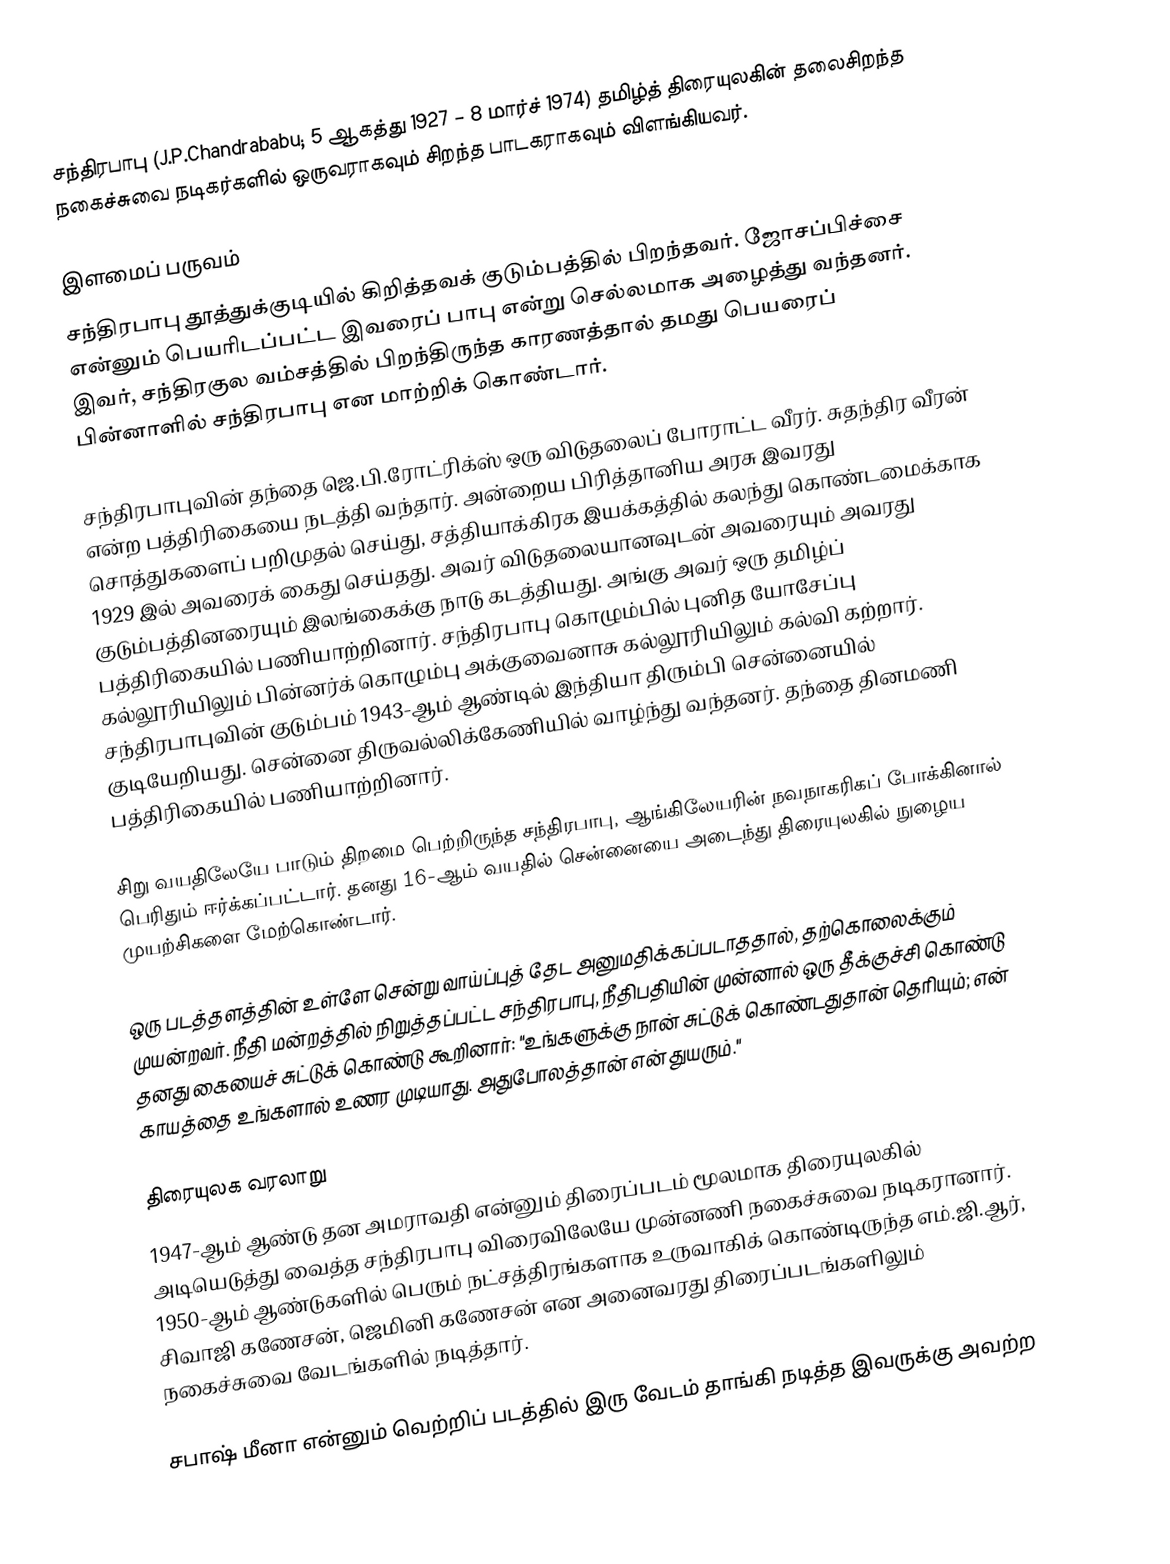
சந்திரபாபு (J.P.Chandrababu; 5 ஆகத்து 1927 – 8 மார்ச் 1974) தமிழ்த் திரையுலகின் தலைசிறந்த நகைச்சுவை நடிகர்களில் ஒருவராகவும் சிறந்த பாடகராகவும் விளங்கியவர்.

இளமைப் பருவம்
சந்திரபாபு தூத்துக்குடியில் கிறித்தவக் குடும்பத்தில் பிறந்தவர். ஜோசப்பிச்சை என்னும் பெயரிடப்பட்ட இவரைப் பாபு என்று செல்லமாக அழைத்து வந்தனர். இவர், சந்திரகுல வம்சத்தில் பிறந்திருந்த காரணத்தால்  தமது பெயரைப் பின்னாளில் சந்திரபாபு என மாற்றிக் கொண்டார்.

சந்திரபாபுவின் தந்தை ஜெ.பி.ரோட்ரிக்ஸ் ஒரு விடுதலைப் போராட்ட வீரர். சுதந்திர வீரன் என்ற பத்திரிகையை நடத்தி வந்தார். அன்றைய பிரித்தானிய அரசு இவரது சொத்துகளைப் பறிமுதல் செய்து, சத்தியாக்கிரக இயக்கத்தில் கலந்து கொண்டமைக்காக 1929 இல் அவரைக் கைது செய்தது. அவர் விடுதலையானவுடன் அவரையும் அவரது குடும்பத்தினரையும் இலங்கைக்கு நாடு கடத்தியது. அங்கு அவர் ஒரு தமிழ்ப் பத்திரிகையில் பணியாற்றினார். சந்திரபாபு கொழும்பில் புனித யோசேப்பு கல்லூரியிலும் பின்னர்க் கொழும்பு அக்குவைனாசு கல்லூரியிலும் கல்வி கற்றார். சந்திரபாபுவின் குடும்பம் 1943-ஆம் ஆண்டில் இந்தியா திரும்பி சென்னையில் குடியேறியது. சென்னை திருவல்லிக்கேணியில் வாழ்ந்து வந்தனர். தந்தை தினமணி பத்திரிகையில் பணியாற்றினார்.

சிறு வயதிலேயே பாடும் திறமை பெற்றிருந்த சந்திரபாபு, ஆங்கிலேயரின் நவநாகரிகப் போக்கினால் பெரிதும் ஈர்க்கப்பட்டார். தனது 16-ஆம் வயதில் சென்னையை அடைந்து திரையுலகில் நுழைய முயற்சிகளை மேற்கொண்டார்.

ஒரு படத்தளத்தின் உள்ளே சென்று வாய்ப்புத் தேட அனுமதிக்கப்படாததால், தற்கொலைக்கும் முயன்றவர். நீதி மன்றத்தில் நிறுத்தப்பட்ட சந்திரபாபு, நீதிபதியின் முன்னால் ஒரு தீக்குச்சி கொண்டு தனது கையைச் சுட்டுக் கொண்டு கூறினார்: "உங்களுக்கு நான் சுட்டுக் கொண்டதுதான் தெரியும்; என் காயத்தை உங்களால் உணர முடியாது. அதுபோலத்தான் என் துயரும்."

திரையுலக வரலாறு
1947-ஆம் ஆண்டு தன அமராவதி என்னும் திரைப்படம் மூலமாக திரையுலகில் அடியெடுத்து வைத்த சந்திரபாபு விரைவிலேயே முன்னணி நகைச்சுவை நடிகரானார். 1950-ஆம் ஆண்டுகளில் பெரும் நட்சத்திரங்களாக உருவாகிக் கொண்டிருந்த எம்.ஜி.ஆர், சிவாஜி கணேசன், ஜெமினி கணேசன் என அனைவரது திரைப்படங்களிலும் நகைச்சுவை வேடங்களில் நடித்தார்.

சபாஷ் மீனா என்னும் வெற்றிப் படத்தில் இரு வேடம் தாங்கி நடித்த இவருக்கு அவற்ற